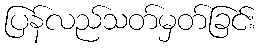
ပြန်လည်သတ်မှတ်ခြင်း